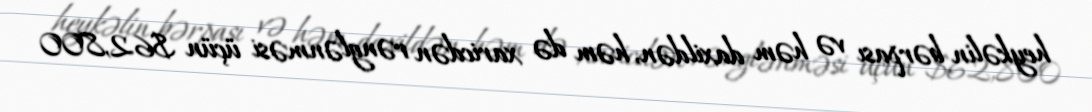
heykəlin bərpası və həm daxildən, həm də xaricdən rənglənməsi üçün $62,800